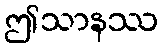
ဤသာနဿ